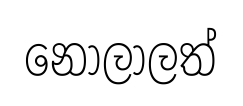
නොලාලත්